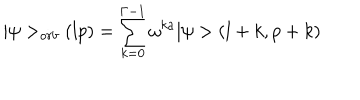
\vert \psi > _ { o r b } ( l p ) = \sum _ { k = 0 } ^ { \Gamma - 1 } \omega ^ { k a } \vert \psi > ( l + k , p + k )